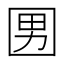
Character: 𡇨